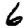
Digit: 6